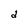
Character: d